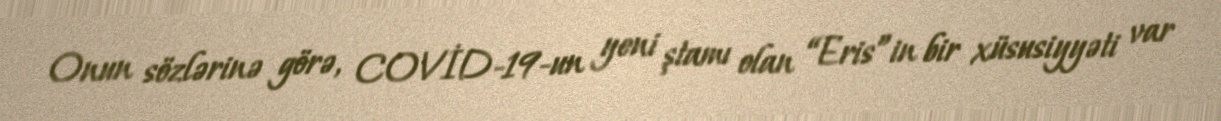
Onun sözlərinə görə, COVİD-19-un yeni ştamı olan “Eris”in bir xüsusiyyəti var